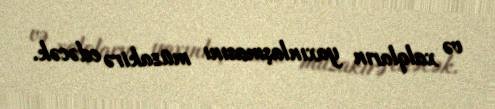
və xalqların yaxınlaşmasını müzakirə edəcək.